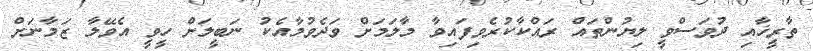
ތާރީޚާއި ދުވަސްވީ ލިޔުންތައް ރައްކާކުރެވިފައިވާ މާލަމަށް ވަދެވުމާއެކު ނަބީލަށް ހީވީ އެވޭލާ ޒަމާނަށް